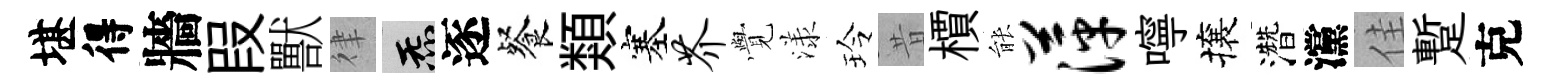
堪得牆叚獸律炁逐餐類塞芥𮗜漾玲昔檟䏻萍嚀攘濳灙佳蹔克